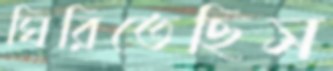
ঘিরিতেছিস